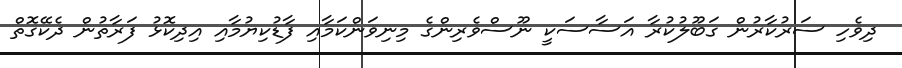
ދިވެހި ސަރުކާރުން ގަބޫލުކުރާ އަސާސަކީ ނޫސްވެރިންގެ މިނިވަންކަމާއި ފާޑުކިޔުމާއި އިދިކޮޅު ފަރާތުން ދެކޭގޮތް